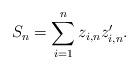
LaTeX: \begin{align*}S_n = \sum_{i = 1}^n z_{i,n} z_{i,n}'.\end{align*}